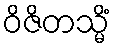
ဝိဇိတသ္မိံ